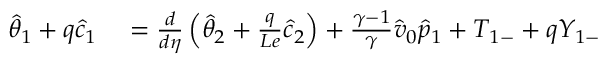
\begin{array} { r l } { \hat { \theta } _ { 1 } + q \hat { c } _ { 1 } } & { { } = \frac { d } { d \eta } \left( \hat { \theta } _ { 2 } + \frac { q } { L e } \hat { c } _ { 2 } \right) + \frac { \gamma - 1 } { \gamma } \hat { v } _ { 0 } \hat { p } _ { 1 } + { T } _ { 1 - } + q { Y } _ { 1 - } } \end{array}